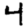
Digit: 4